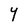
Character: Y